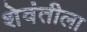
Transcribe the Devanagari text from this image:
शेवंतीला